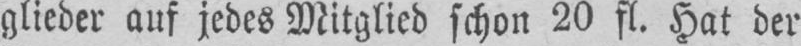
glieder auf jedes Mitglied schon 20 fl. Hat der